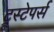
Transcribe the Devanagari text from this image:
ट्रूस्टेपर्स